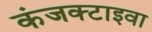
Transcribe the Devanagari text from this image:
कंजक्टाइवा